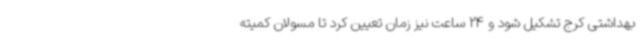
بهداشتی کرج تشکیل شود و 24 ساعت نیز زمان تعیین کرد تا مسولان کمیته